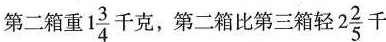
第二箱重1 \frac{3}{4}千克，第二箱比第三箱轻2 \frac{2}{5}千